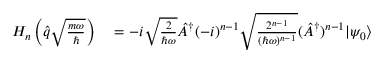
\begin{array} { r l } { H _ { n } \left( \hat { q } \sqrt { \frac { m \omega } { \hbar } } \right) } & { { } = - i \sqrt { \frac { 2 } { \hbar \omega } } \hat { A } ^ { \dagger } ( - i ) ^ { n - 1 } \sqrt { \frac { 2 ^ { n - 1 } } { ( \hbar \omega ) ^ { n - 1 } } } ( \hat { A } ^ { \dagger } ) ^ { n - 1 } | \psi _ { 0 } \rangle } \end{array}